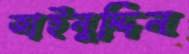
জাইনুদ্দিন